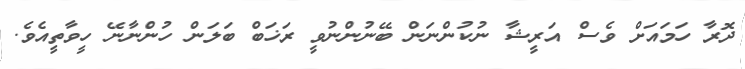
ދޮރާ ހަމައަށް ވެސް އަރީޝާ ނުކުންނަން ބޭނުންނުވީ ރަޚަބް ބަލަން ހުންނާނޭ ހީވާތީއެވެ.